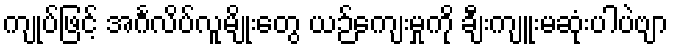
ကျုပ်ဖြင့် အင်္ဂလိပ်လူမျိုးတွေ ယဉ်ကျေးမှုကို ချီးကျူးမဆုံးပါပဲဗျာ